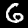
Digit: 6